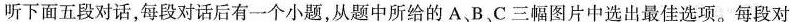
听下面五段对话，每段对话后有一个小题，从题中所给的A、B、C三幅图片中选出最佳选项。每段对